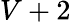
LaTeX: V+2